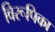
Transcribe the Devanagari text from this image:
विरूपिका